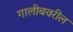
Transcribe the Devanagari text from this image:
गालीबवरील